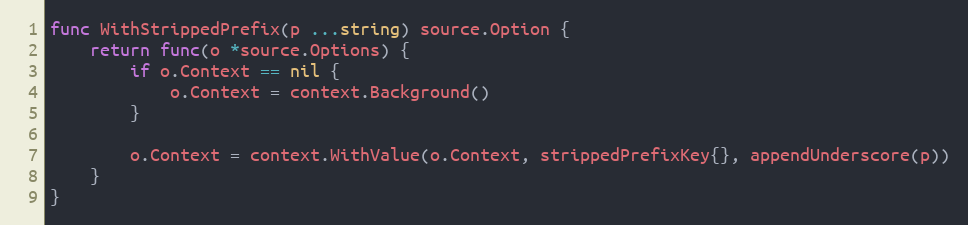
Language: Go
func WithStrippedPrefix(p ...string) source.Option {
	return func(o *source.Options) {
		if o.Context == nil {
			o.Context = context.Background()
		}

		o.Context = context.WithValue(o.Context, strippedPrefixKey{}, appendUnderscore(p))
	}
}